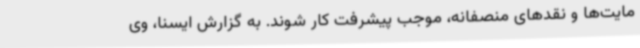
مایت‌ها و نقدهای منصفانه، موجب پیشرفت کار شوند. به گزارش ایسنا، وی